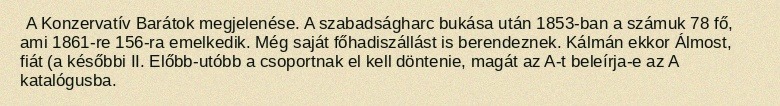
A Konzervatív Barátok megjelenése. A szabadságharc bukása után 1853-ban a számuk 78 fő, ami 1861-re 156-ra emelkedik. Még saját főhadiszállást is berendeznek. Kálmán ekkor Álmost, fiát (a későbbi II. Előbb-utóbb a csoportnak el kell döntenie, magát az A-t beleírja-e az A katalógusba.